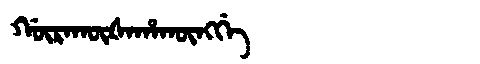
Manchu: ᡤᡡᡵᠠᡴᡡᡧᠠᡥᠠᡴᡡᠩᡤᡝ
Romanization: GŪRAKŪŠAHAKŪNGGE